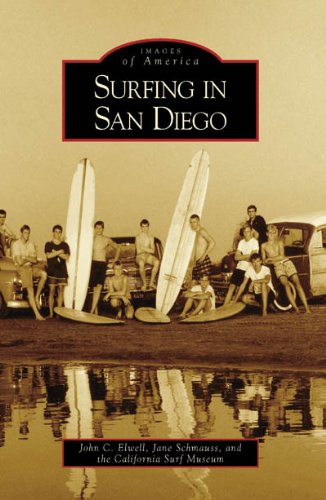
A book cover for Surfing in San Diego (CA) (Images of America) (Images of America (Arcadia Publishing)); John C. Elwell; Sports & Outdoors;